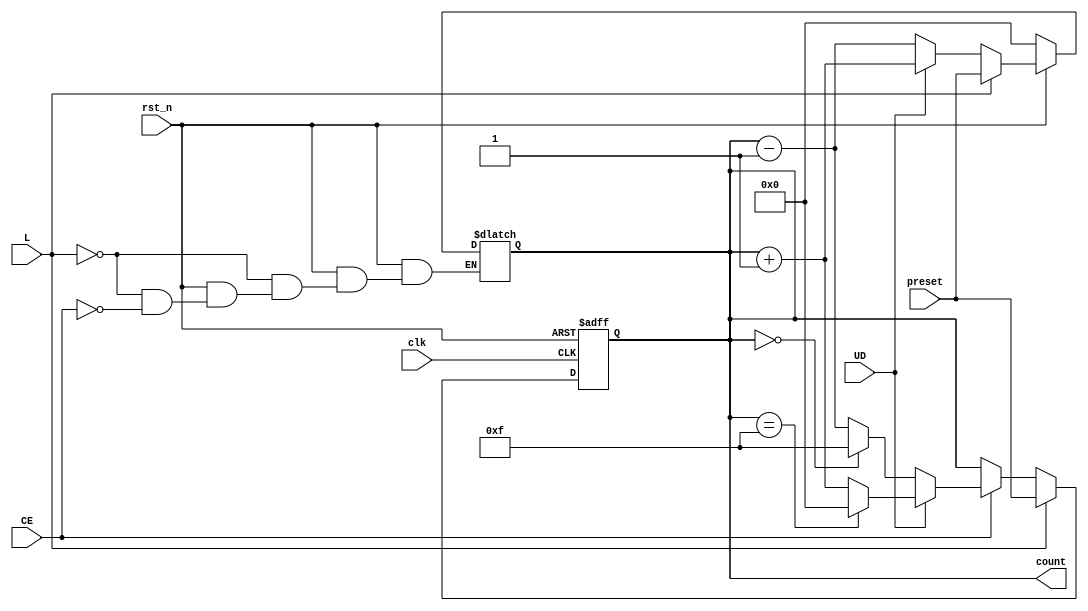
module async_load_counter (
    input wire clk,          // Clock signal
    input wire rst_n,       // Asynchronous reset (active low)
    input wire L,           // Load signal (active high)
    input wire CE,          // Count Enable (active high)
    input wire UD,          // Up/Down control (1 for up, 0 for down)
    input wire [3:0] preset,// 4-bit preset value
    output reg [3:0] count  // 4-bit counter output
);

    // Asynchronous reset and load logic
    always @(*) begin
        if (!rst_n) begin
            count = 4'b0000; // Reset counter to 0
        end else if (L) begin
            count = preset;   // Load preset value
        end else begin
            // Counting logic
            if (CE) begin
                if (UD) begin
                    count = count + 1; // Count up
                end else begin
                    count = count - 1; // Count down
                end
            end
        end
    end

    // Synchronous update on clock edge
    always @(posedge clk or negedge rst_n) begin
        if (!rst_n) begin
            count <= 4'b0000; // Reset counter to 0
        end else if (L) begin
            count <= preset;   // Load preset value
        end else if (CE) begin
            if (UD) begin
                count <= (count == 4'b1111) ? 4'b0000 : count + 1; // Wrap around for count up
            end else begin
                count <= (count == 4'b0000) ? 4'b1111 : count - 1; // Wrap around for count down
            end
        end
    end

endmodule